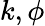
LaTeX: k,\phi